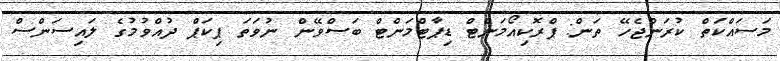
މަސައްކަތް ކުރަންޖެހޭ ތަން: ޕްރޮކިއޯމަންޓް ޑިޕާޓްމަންޓް ބަސްވޭން ނުވަތަ ޕިކަޕް ދުއްވުމުގެ ލައިސަންސް